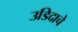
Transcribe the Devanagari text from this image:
उडिदाचे